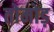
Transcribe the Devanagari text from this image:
तोमोड़